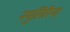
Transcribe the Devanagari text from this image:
नमुलिरिया